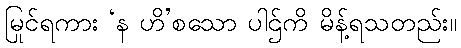
မြင်ရကား ‘န ဟိ’စသော ပါဌ်ကို မိန့်ရသတည်း။